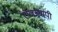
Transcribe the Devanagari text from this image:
राजव्यापी